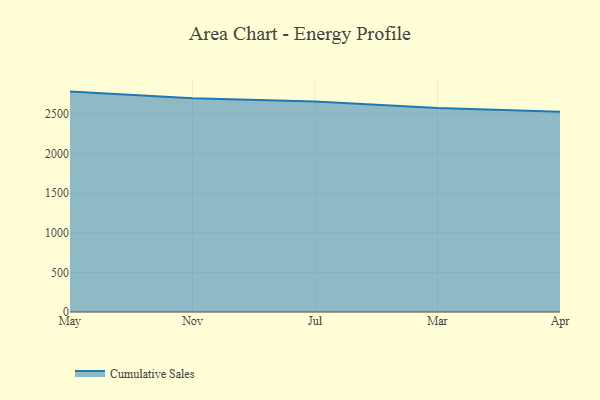
{"axis": {"x": "Month", "y": "Bounce Rate (%)"}, "legend": ["Cumulative Sales"], "data": [{"x": "May", "y": 2780.9, "type": "Cumulative Sales"}, {"x": "Nov", "y": 2697.0, "type": "Cumulative Sales"}, {"x": "Jul", "y": 2655.3, "type": "Cumulative Sales"}, {"x": "Mar", "y": 2572.4, "type": "Cumulative Sales"}, {"x": "Apr", "y": 2525.4, "type": "Cumulative Sales"}]}